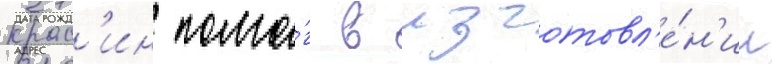
Крас'ин помо́г в изготовл'е́н'ии